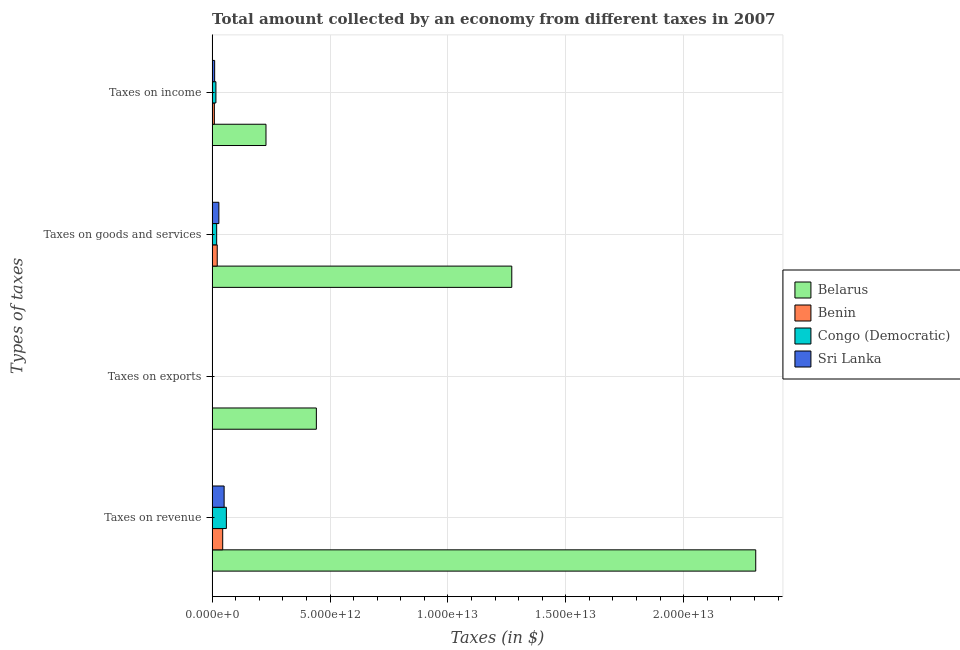
| Types of taxes | Belarus | Benin | Congo (Democratic) | Sri Lanka |
 | --- | --- | --- | --- | --- |
 | Taxes on revenue | 2.31e+13 | 4.49e+11 | 6.05e+11 | 5.09e+11 |
 | Taxes on exports | 4.42e+12 | 2.34e+09 | 8.68e+09 | 3.3e+07 |
 | Taxes on goods and services | 1.27e+13 | 2.16e+11 | 1.93e+11 | 2.86e+11 |
 | Taxes on income | 2.28e+12 | 9.47e+10 | 1.61e+11 | 1.07e+11 |